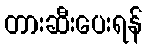
တားဆီးပေးရန်